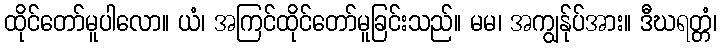
ထိုင်တော်မူပါလော။ ယံ၊ အကြင်ထိုင်တော်မူခြင်းသည်။ မမ၊ အကျွန်ုပ်အား။ ဒီဃရတ္တံ၊